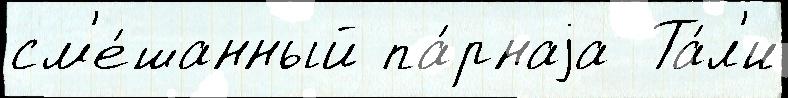
см'е́шанный па́рнаjа  Та́л'и